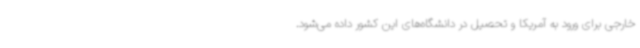
خارجی برای ورود به آمریکا و تحصیل در دانشگاه‌های این کشور داده می‌شود.